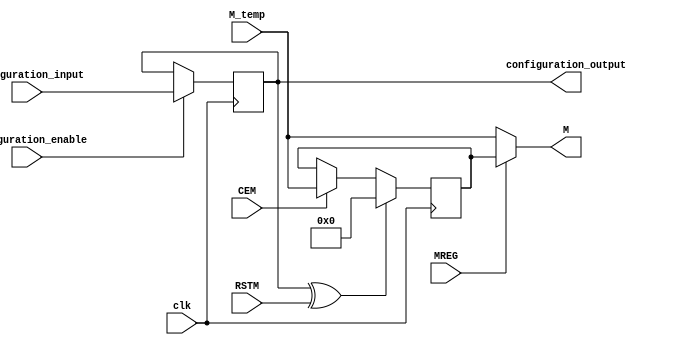
/*****************************************************************
*	Configuration bits order :
*			IS_RSTM_INVERTED <= configuration_input;
*			configuration_output = IS_RSTM_INVERTED;
*****************************************************************/
`timescale 1 ns / 100 ps   
module multiplier_output_manager (
		input clk,
		
		input [89:0] M_temp,
		input RSTM,
		input CEM,
		
		input MREG,
		
		output [89:0] M,
		
		input configuration_input,
		input configuration_enable,
		output configuration_output
	);	
	
	// parameters 
	parameter input_freezed = 1'b0;
	
	
	// configuring bits
	reg IS_RSTM_INVERTED;
		
	always@(posedge clk)begin
		if (configuration_enable)begin
			IS_RSTM_INVERTED <= configuration_input;
		end
	end
	assign configuration_output = IS_RSTM_INVERTED;
	
	
	// multiplier_output_manager
	reg [89:0] M_temp_reg;

	wire RSTM_xored;
	assign RSTM_xored = IS_RSTM_INVERTED ^ RSTM;
	
	always@ (posedge clk )begin
		if (RSTM_xored)
			M_temp_reg <= 90'b0;
		else if (CEM)
			M_temp_reg <= M_temp;
	end
	
	assign M = (MREG | input_freezed) ? M_temp_reg: M_temp;
	
endmodule